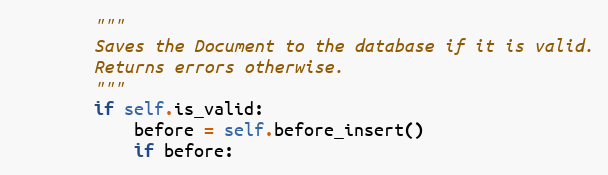
Language: Python
        """
        Saves the Document to the database if it is valid.
        Returns errors otherwise.
        """
        if self.is_valid:
            before = self.before_insert()
            if before: